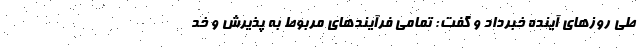
طی روزهای آینده خبرداد و گفت: تمامی فرآیندهای مربوط به پذیرش و خد